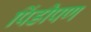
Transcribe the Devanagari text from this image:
पिंडीपण